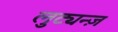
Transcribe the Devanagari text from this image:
लुट्यन्ज़